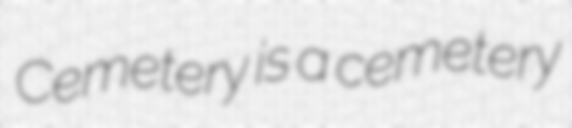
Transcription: Cemetery is a cemetery